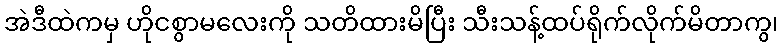
အဲဒီထဲကမှ ဟိုငစွာမလေးကို သတိထားမိပြီး သီးသန့်ထပ်ရိုက်လိုက်မိတာကွ၊